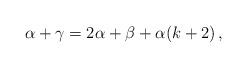
LaTeX: \begin{align*} \alpha+\gamma=2 \alpha +\beta +\alpha(k+2)\, ,\end{align*}